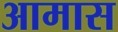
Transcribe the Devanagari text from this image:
आमास